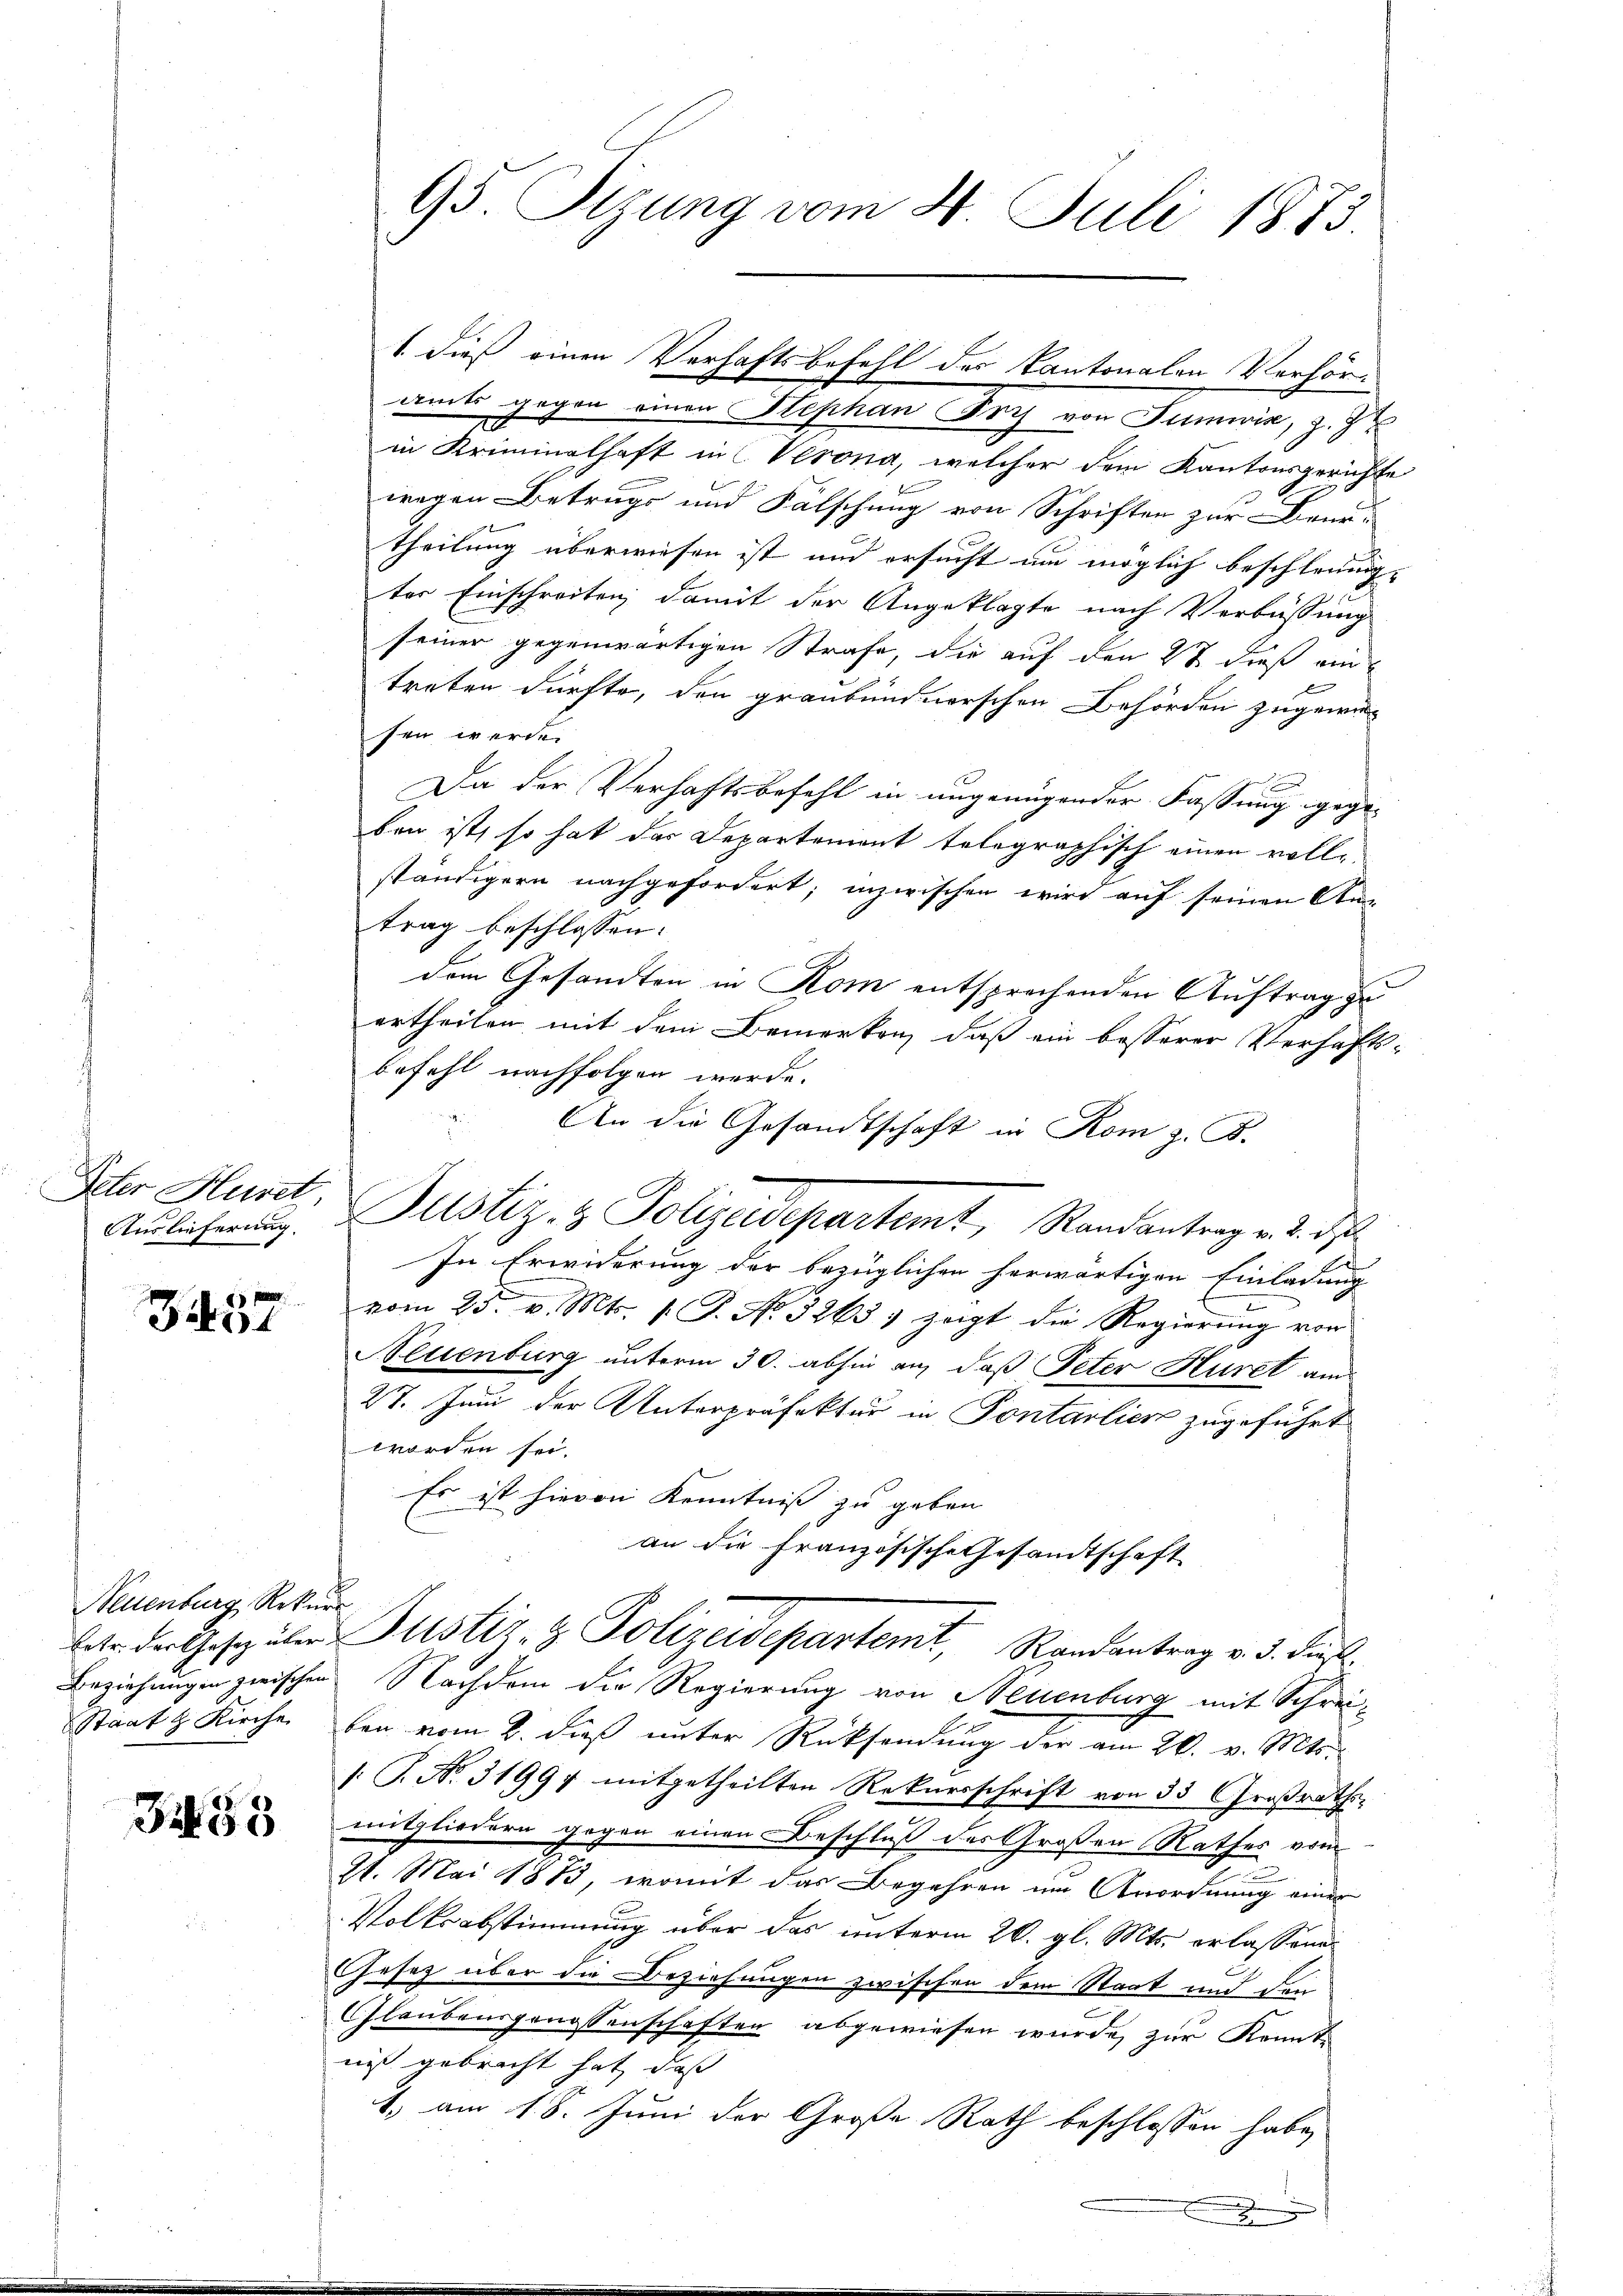
Peter Huret,

Jo

Neuenburg, Rekurs
Staat & Kirche

Fr. 53

1 dieß einen Verhaftsbefehl des Kantonalen Verhöramts gegen einen Stephan Fris von Sumwis, z. Z
20
in Kriminalhaft in Verona, welcher dem Kantonsgerichte
wegen Betrugs und Fälschung von Schriften zur Beur¬
Theilung überwiesen ist und ersucht um möglich beschleunigter Einschreiten, damit der Angeklagte nach Verbüssung
seiner gegenwärtigen Strafe, die auf den 2t dieß ein
d
treten dürfte, den graubündnerschen Behörden zugewiesen werde.
Da der Verhaftsbefehl in ungenügender Fassung gegeben ist, so hat das Departement telegraphisch einen voll-
ständigern nachgefordert; inzwischen wird auf seinen An-
trag beschlossen:
dem Gesandten in Rom entsprechenden Auftrag zu
ertheilen mit dem Bemerken, daß ein besserer Verhaftsbefehl nachfolgen werde.
An die Gesandtschaft in Rom z. B.
Auslicherung Justiz- & Polizeidepartemt, Randantrag v. 2. ds
In Erwiderung der bezüglichen herwärtigen Einladung
vom 25. v. Mts. 1. P. N. 3265) zeigt die Regierŭng von
Neuenburg unterm 30. abhin an, daß Peter Huret an
27. Juni der Unterpräfektur in Pontalien zugeführt
worden sei.
Es ist hievon Kenntniß zu geben.
an die Französische Gesandtschaft
lete der Gesetz über Justiz- & Polizeidepartemt, Randantrag v. 3. dies
Beziehungen zwischen Nachdem die Regierung von Neuenburg mit Schreiben vom 2. dieß unter Rücksendung der am 26. v. Mts.
/: J. No. 31997 mitgetheilten Rekursschrift von 33 Großrathsmitgliedern gegen einen Beschluß des Großen Rathes vom
21. Mai 1873, womit das Begehren im Anordnung einer
Volksabstimmung über das unterm 26. gl. Mts. erlassene
Gesetz über die Beziehungen zwischen dem Staat und den
Glaubensgenossenschaften abgewiesen wurde, zur Kennte
nis gebracht hat, daß
1. am 18. Juni der Große Rath beschlossen habe,
2

95. Sizung vom 4. Juli 1873.